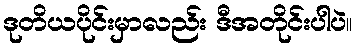
ဒုတိယပိုင်းမှာလည်း ဒီအတိုင်းပါပဲ။